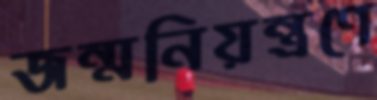
জন্মনিয়ন্ত্রণে